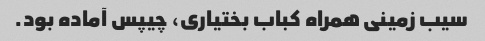
سیب زمینی همراه کباب بختیاری، چیپس آماده بود.